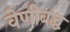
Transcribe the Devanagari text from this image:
वेणीबद्ध